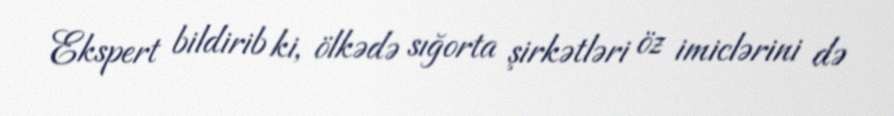
Ekspert bildirib ki, ölkədə sığorta şirkətləri öz imiclərini də